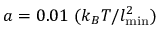
a = 0 . 0 1 ~ ( k _ { B } T / l _ { \mathrm { m i n } } ^ { 2 } )